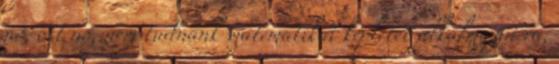
nő, ott nő, nem tudnánk matematikai képletet alkalmazni rá,